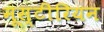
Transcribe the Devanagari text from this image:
मूस्टीरियन